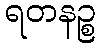
ရတနဉ္စ